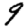
Digit: 9